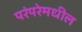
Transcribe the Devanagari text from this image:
परंपरेमधील